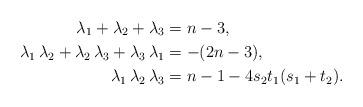
LaTeX: \begin{align*}\lambda_1+\lambda_2+\lambda_3&=n-3,\\\lambda_1\,\lambda_2+\lambda_2\,\lambda_3+\lambda_3\,\lambda_1&=-(2n-3),\\\lambda_1\,\lambda_2\,\lambda_3&=n-1-4s_2t_1(s_1+t_2).\end{align*}